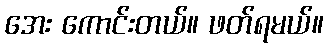
အေး ကောင်းတယ်။ ဖတ်ရမယ်။